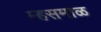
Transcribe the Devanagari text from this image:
म्हसमाळ